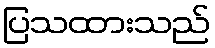
ပြသထားသည်